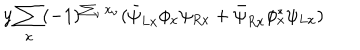
LaTeX: y \sum _ { x } ( - 1 ) ^ { \sum _ { \nu } x _ { \nu } } ( \bar { \psi } _ { L x } \phi _ { x } \psi _ { R x } + \bar { \psi } _ { R x } \phi _ { x } ^ { * } \psi _ { L x } )